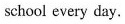
school every day.